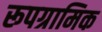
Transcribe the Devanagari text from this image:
रूपग्रामिक